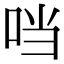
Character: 𪠽